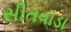
સીતવાડા